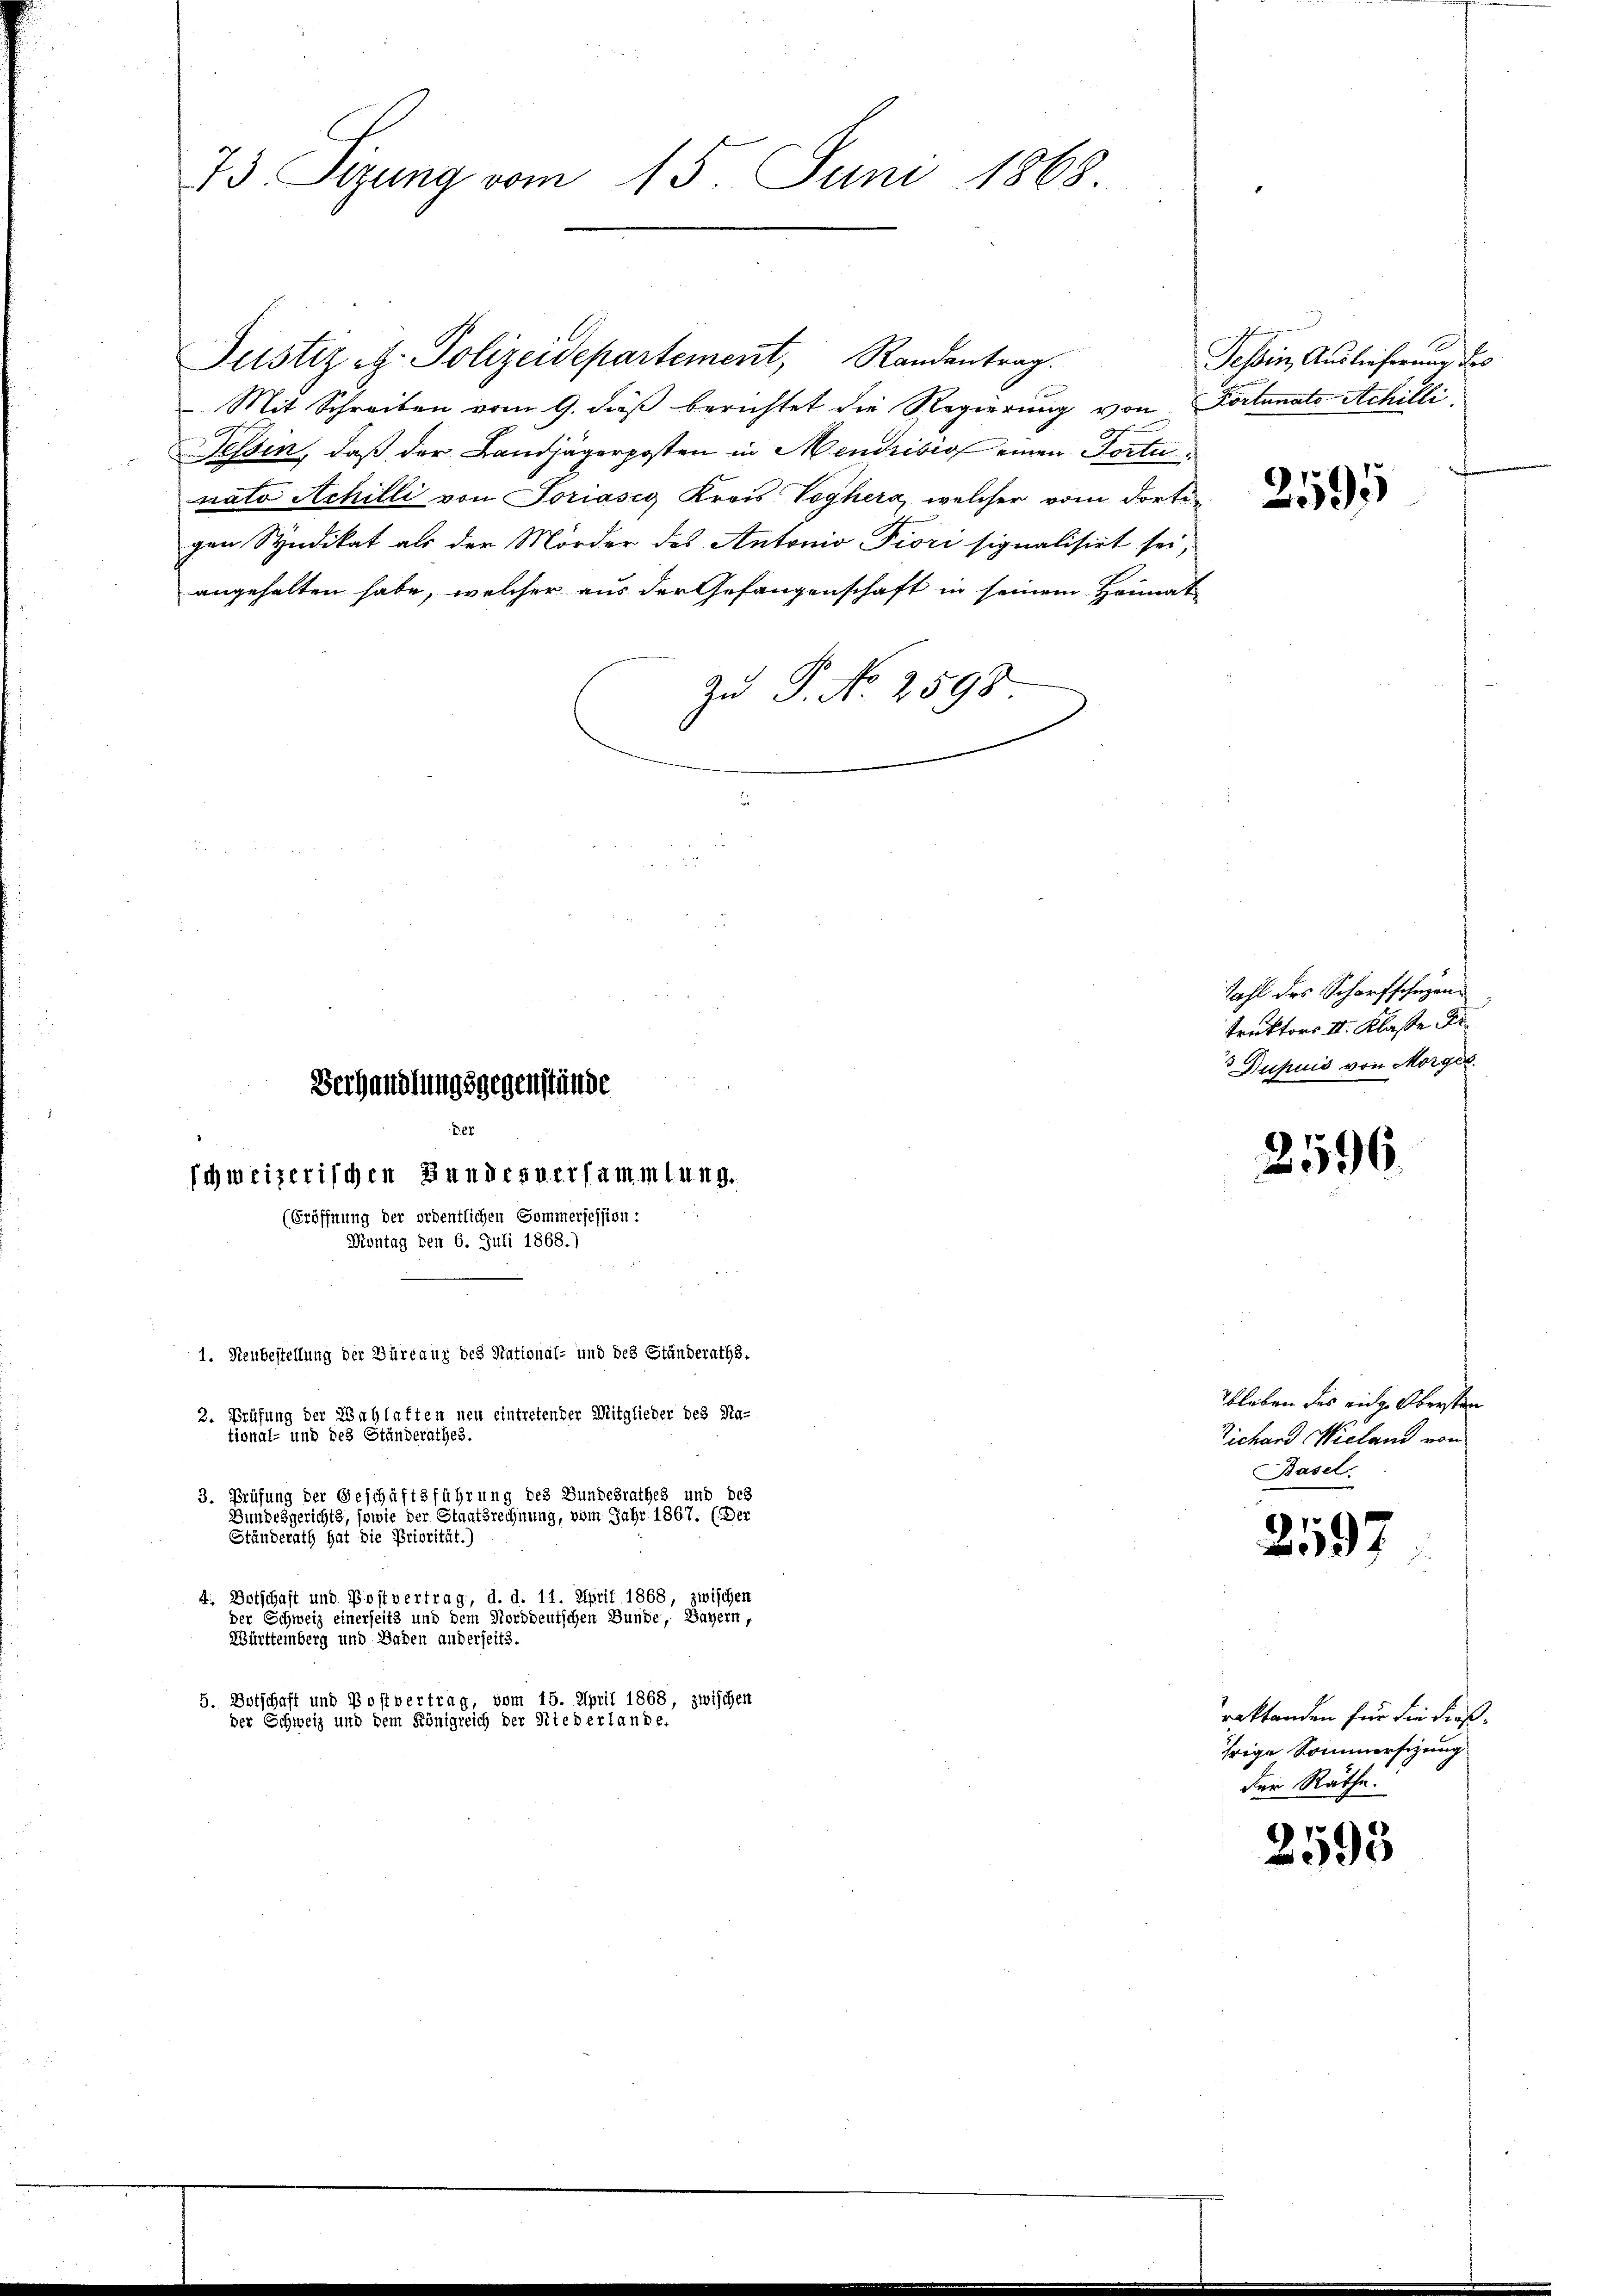
73. Sizung vom 15. Juni 1868.

Justiz & Polizeidepartement, Randantrag.
Mit Schreiben vom 9. daß berichtet die Regierung von Portunats Achilli,
Tessin, daß der Landjägerposten in Mendrisis einen Torte
nato Achilli von Soriasca Krais Voghera, welcher vom dortegen Syndikat als der Mörder des Antonio Fiori signalisirt sei,
angehalten habe, welcher aus der Gefangenschaft in seinem Heimat
Zu P. No 2598

Verhandlungsgegenstände
Der
schweizerischen Bundesversammlung.
(Eröffnung der ordentlichen Sommersession:
Montag den 6. Juli 1868.)

1. Neubestellung der Büreaus des Stational- und des Ständeraths-
2. Prüfung der Wahlatten neu eintretender Mitglieder des Sta-
tional- und des Ständerathes.
3. Prüfung der Geschäftsführung des Bundesrathes und des
Bundesgerichts, sowie der Staatsrechnung, vom Jahr 1867. (Der
Ständerath hat die Priorität.)
4 Dotschaft und Postvertrag, d. d. 11. April 1868, zwischen
der Schweiz einerseits und dem Norddeutschen Bunde, Bayern,
Württeinberg und Baden anderseits.
5. Botschaft und Postvertrag, vom 15. April 1868, zwischen
der Schweiz und dem Königreich der Niederlande.

Tessin, Auslieferung des

raktanden für die dießhrige Sommersizung

2595

2197

sahl des Scharfschüzen
truktors II. Klasse Fr
Dupuis von Morger.

2596.

bleben des eidg. Obersten
Sichard Wieland von
Basel.

der Räthe:

2593